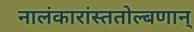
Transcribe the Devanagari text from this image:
नालंकारांस्ततोल्बणान्